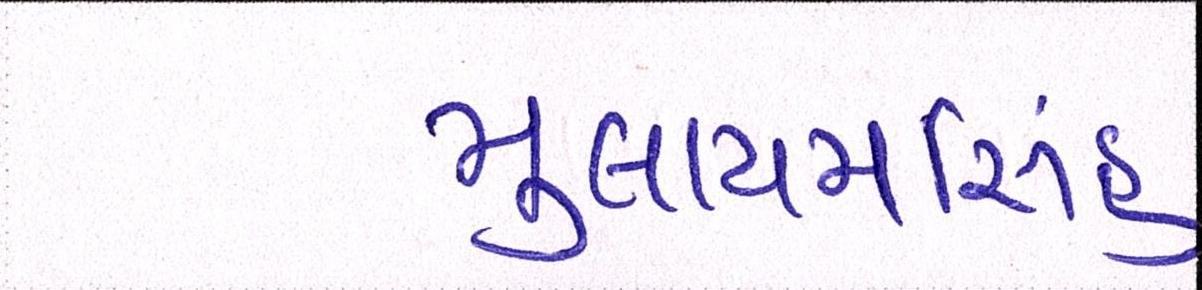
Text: મુલાયમસિંહ